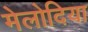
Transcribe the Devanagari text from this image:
मेलोदिया